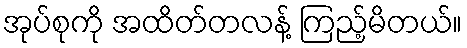
အုပ်စုကို အထိတ်တလန့် ကြည့်မိတယ်။